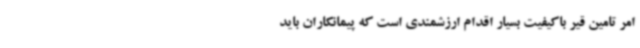
امر تامین قیر باکیفیت بسیار اقدام ارزشمندی است که پیمانکاران باید